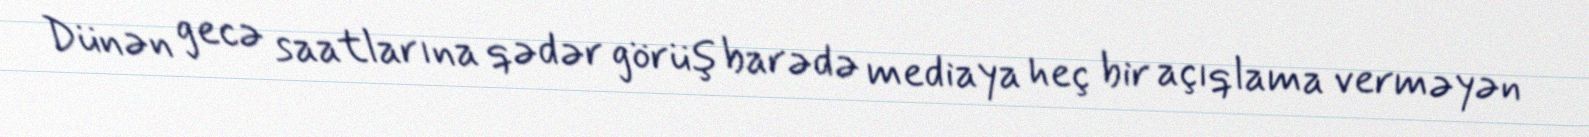
Dünən gecə saatlarına qədər görüş barədə mediaya heç bir açıqlama verməyən